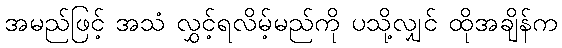
အမည်ဖြင့် အသံ လွှင့်ရလိမ့်မည်ကို ပသို့လျှင် ထိုအချိန်က